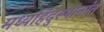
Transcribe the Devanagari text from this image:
मध्यहिंदुस्थानांत